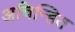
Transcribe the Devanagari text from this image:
अचिन्हित